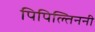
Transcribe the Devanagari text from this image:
पिपिल्तिननी